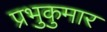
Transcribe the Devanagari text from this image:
प्रभुकुमार